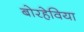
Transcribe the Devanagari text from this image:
बोरहेविया